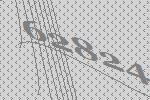
62824